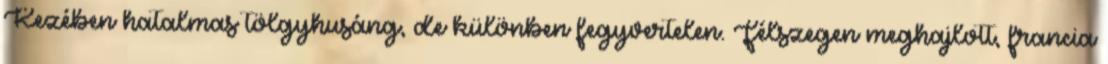
Kezében hatalmas tölgyhusáng, de különben fegyvertelen. Félszegen meghajlott, francia